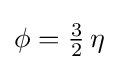
\phi ={\tfrac {3}{2}}\,\eta